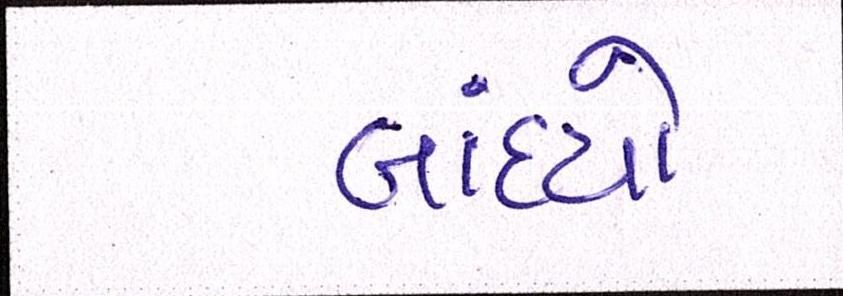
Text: બાંધ્યો